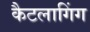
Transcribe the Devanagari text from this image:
कैटलागिंग